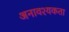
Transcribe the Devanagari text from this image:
अनावश्यकता